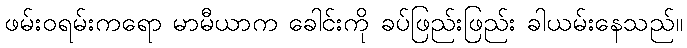
ဖမ်းဝရမ်းကရော မာမီယာက ခေါင်းကို ခပ်ဖြည်းဖြည်း ခါယမ်းနေသည်။